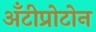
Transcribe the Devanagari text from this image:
अँटीप्रोटोन